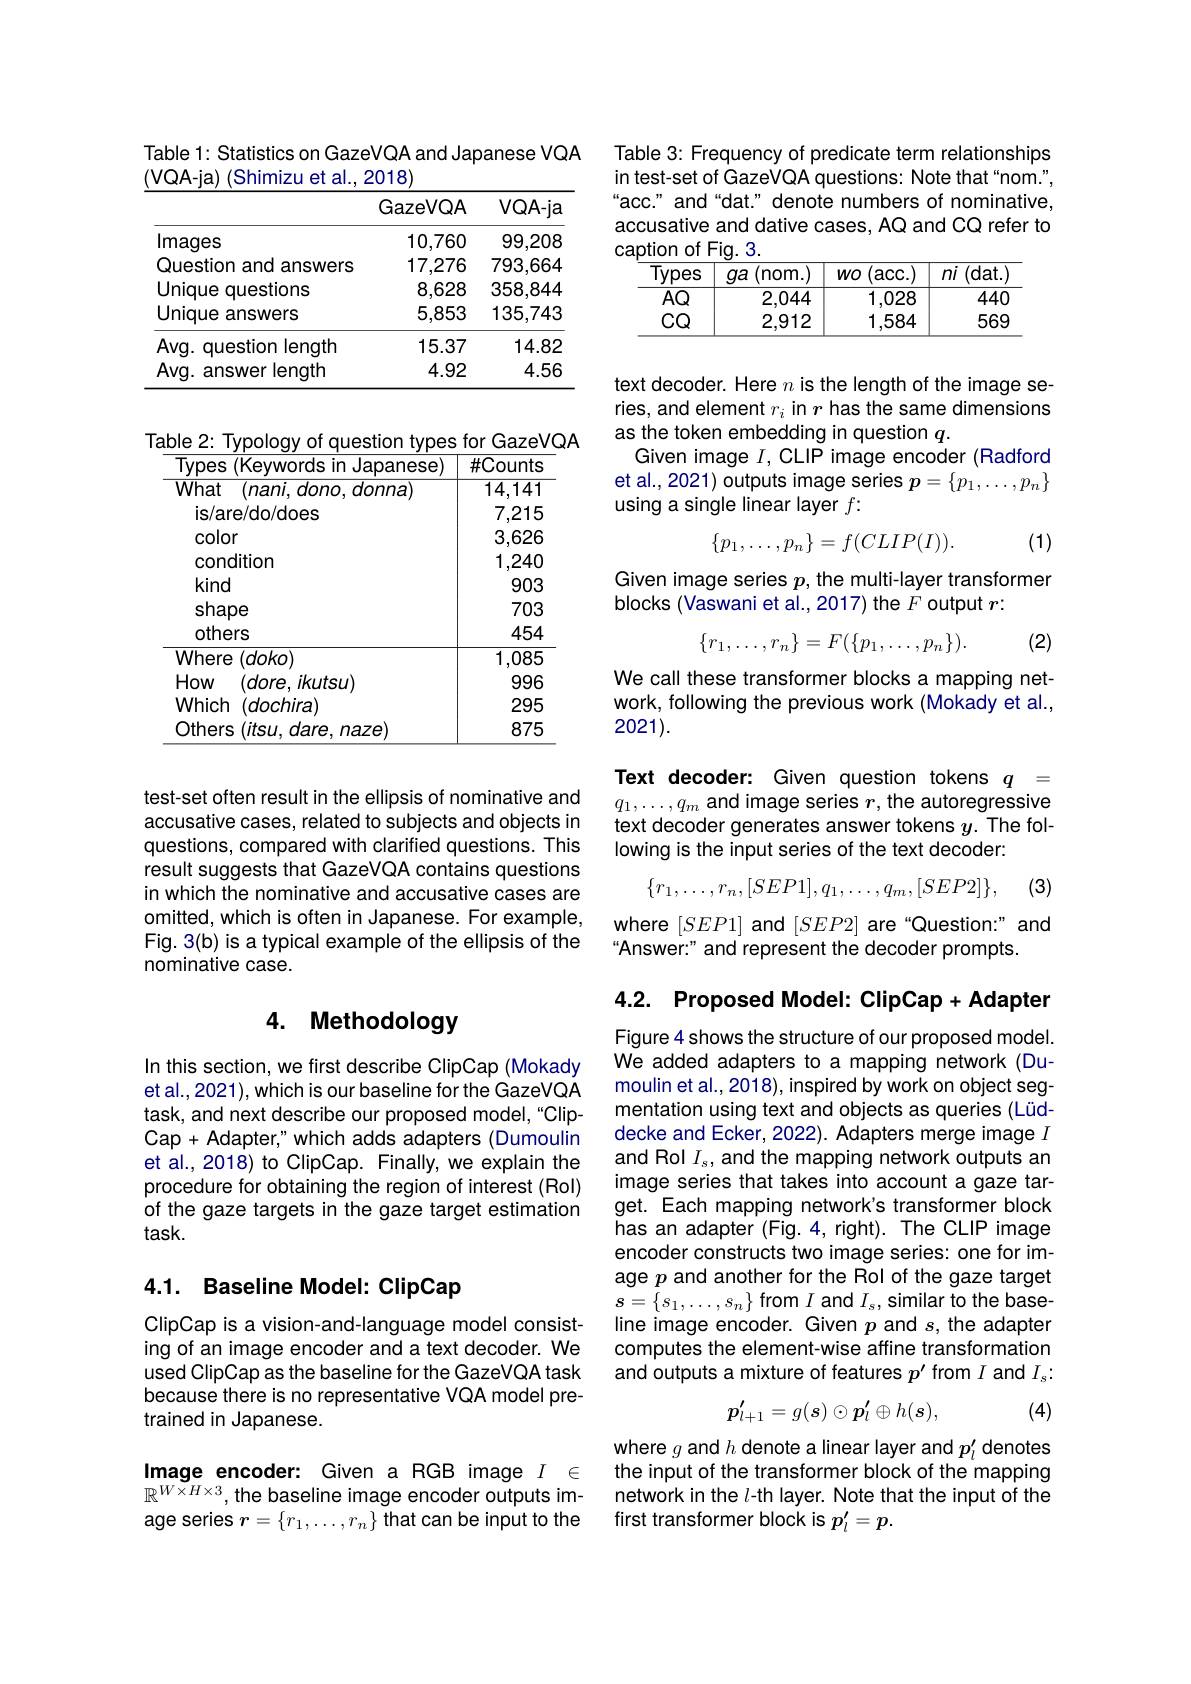
Table 1: Statistics on GazeVQA and Japanese VQA
(VQA-ja) (Shimizu et al., 2018)

<table>
	<tbody>
		<tr>
			<th> </th>
			<th>GazeVQA</th>
			<th>$VQA-ja$</th>
		</tr>
		<tr>
			<td>lmages</td>
			<td>10,760</td>
			<td>99,208</td>
		</tr>
		<tr>
			<td>Question and answers</td>
			<td>17,276</td>
			<td>793,664</td>
		</tr>
		<tr>
			<td>Unique questions</td>
			<td>8,628</td>
			<td>358,844</td>
		</tr>
		<tr>
			<td>Unique e answers</td>
			<td>5,853</td>
			<td>135,743</td>
		</tr>
		<tr>
			<td>Avg. question length</td>
			<td>15.37</td>
			<td>14.82</td>
		</tr>
		<tr>
			<td>$Avg.$ answer length</td>
			<td>4.92</td>
			<td>4.56</td>
		</tr>
	</tbody>
</table>

<table>
	<tbody>
		<tr>
			<th>Types (Keywords in Japanese)</th>
			<th>$\#$Counts</th>
		</tr>
		<tr>
			<td>condition</td>
			<td>1,240</td>
		</tr>
		<tr>
			<td>kind</td>
			<td>903</td>
		</tr>
		<tr>
			<td>shape</td>
			<td>703</td>
		</tr>
		<tr>
			<td>others</td>
			<td>454</td>
		</tr>
		<tr>
			<td>Where $(doko)$ </td>
			<td>1,085</td>
		</tr>
		<tr>
			<td>How $(dore,ikutsu)$</td>
			<td>996</td>
		</tr>
		<tr>
			<td>Which $(dochira)$</td>
			<td>295</td>
		</tr>
		<tr>
			<td>Others $(itsu,dare,naze)$</td>
			<td>875</td>
		</tr>
	</tbody>
</table>

test-set often result in the ellipsis of nominative and accusative cases, related to subjects and objects in questions, compared with clarified questions. This result suggests that GazeVQA contains questions in which the nominative and accusative cases are omitted, which is often in Japanese. For example, Fig. 3(b) is a typical example of the ellipsis of the nominative case.

# 4. Methodology

In this section, we first describe ClipCap (Mokady et al., 2021), which is our baseline for the GazeVQA task, and next describe our proposed model,“ClipCap + Adapter" which adds adapters (Dumoulin et al., 2018) to ClipCap. Finally, we explain the procedure for obtaining the region of interest (Rol) of the gaze targets in the gaze target estimation $task.$

## 4.1. Baseline Model: ClipCap

ClipCap is a vision-and-language model consisting of an image encoder and a text decoder. We used ClipCap as the baseline for the GazeVQA task because there is no representative VQA model pretrained in Japanese.

Image encoder: Given a RGB image $I$ $\in$ $\mathbb{R}^{W\times H\times3}$, the baseline image encoder outputs image series $r=\{r_1,\ldots,r_n\}$ that can be input to the

Table 3: Frequency of predicate term relationships in test-set of GazeVQA questions: Note that"nom.", “acc.” and“dat.” denote numbers of nominative, accusative and dative cases, AQ and CQ refer to caption of Fig. 3.

<table>
	<tbody>
		<tr>
			<th>$\overline{\text{Types}}$</th>
			<th>(nom.) $ga$</th>
			<th>(acc.) $WO$</th>
			<th>(dat. $ni$</th>
		</tr>
		<tr>
			<td>$\overline{AQ}$</td>
			<td>2,044</td>
			<td>1,028</td>
			<td>$44C$</td>
		</tr>
		<tr>
			<td>$CQ$</td>
			<td>2,912</td>
			<td>1,584</td>
			<td>$56S$</td>
		</tr>
	</tbody>
</table>

text decoder. Here $n$ is the length of the image series, and element $r_i$ in $r$ has the same dimensions as the token embedding in question $q.$
Given image $I$, CLIP image encoder (Radford et al., 2021) outputs image series $p=\{p_1,\ldots,p_n\}$ using a single linear layer $f:$
$$\{p_1,\dots,p_n\}=f(CLIP(I)).$$
(1)

Given image series $p$, the multi-layer transformer
blocks (Vaswani et al., 2017) the $\dot{F}$ output $r:$

(2)
$$\{r_1,\dots,r_n\}=F(\{p_1,\dots,p_n\}).$$
We call these transformer blocks a mapping network, following the previous work (Mokady et al., 2021).

Text decoder: Given question tokens $q_.=$ $q_1,\ldots,q_m$ and image series $r$,the autoregressive text decoder generates answer tokens $y.$ The following is the input series of the text decoder:
$$\{r_1,\dots,r_n,[SEP1],q_1,\dots,q_m,[SEP2]\},$$
(3)

where $[SEP1]$ and $[SEP2]$ are“Question:" and
Answer:" and represent the decoder prompts.

4.2. Proposed Model: ClipCap+ Adapter

Figure 4 shows the structure of our proposed model. We added adapters to a mapping network (Dumoulin et al., 2018), inspired by work on object segmentation using text and objects as queries (Lüddecke and Ecker, 2022). Adapters merge image $I$ and Rol $I_s$, and the mapping network outputs an image series that takes into account a gaze target. Each mapping network's transformer block has an adapter (Fig. 4, right). The CLIP image encoder constructs two image series: one for image $p$ and another for the Rol of the gaze target $s=\{s_{1},\ldots,s_{n}\}$ from $I$ and $I_s$,similar to the baseline image encoder. Given $p$ and $s$, the adapter computes the element-wise affine transformation and outputs a mixture of features $p^\prime$ from $I$ and $I_s:$
$$p'_{l+1}=g(s)\odot p'_l\oplus h(s),$$
(4)

where $g$ and $h$ denote a linear layer and $p_l^{\prime}$ denotes the input of the transformer block of the mapping network in the $l$-th layer. Note that the input of the first transformer block is $p_l^{\prime}=p.$